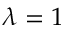
\lambda = 1